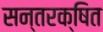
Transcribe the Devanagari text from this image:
सन्तरक्षित